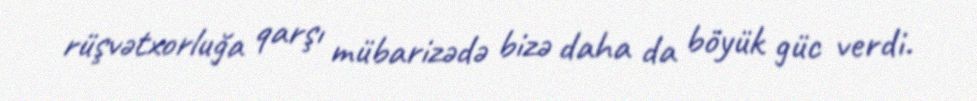
rüşvətxorluğa qarşı mübarizədə bizə daha da böyük güc verdi.